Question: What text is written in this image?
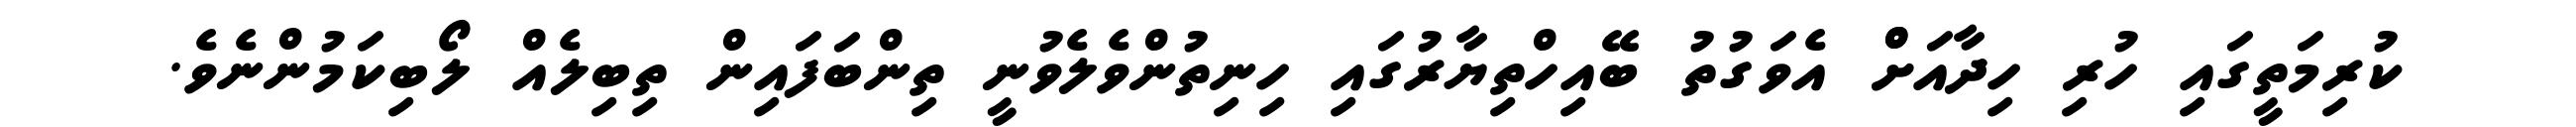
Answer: ކުރިމަތީގައި ހުރި ހިދާއަށްް އެވަގުތު ބޭއިހްތިޔާރުގައި ހިނިތުންވެލެވުނީ ތިންބަފައިން ތިބިލެއް ލޯބިކަމުންނެވެ.